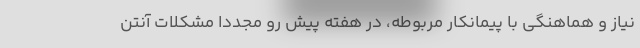
نیاز و هماهنگی با پیمانکار مربوطه، در هفته پیش رو مجدداً مشکلات آنتن